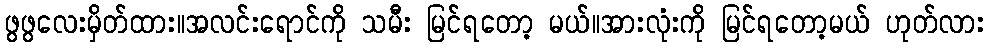
ဖွဖွလေးမှိတ်ထား။အလင်းရောင်ကို သမီး မြင်ရတော့ မယ်။အားလုံးကို မြင်ရတော့မယ် ဟုတ်လား